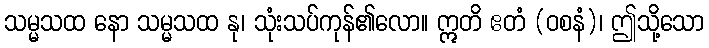
သမ္မသထ နော သမ္မသထ နု၊ သုံးသပ်ကုန်၏လော။ ဣတိ ဧတံ (ဝစနံ)၊ ဤသို့သော